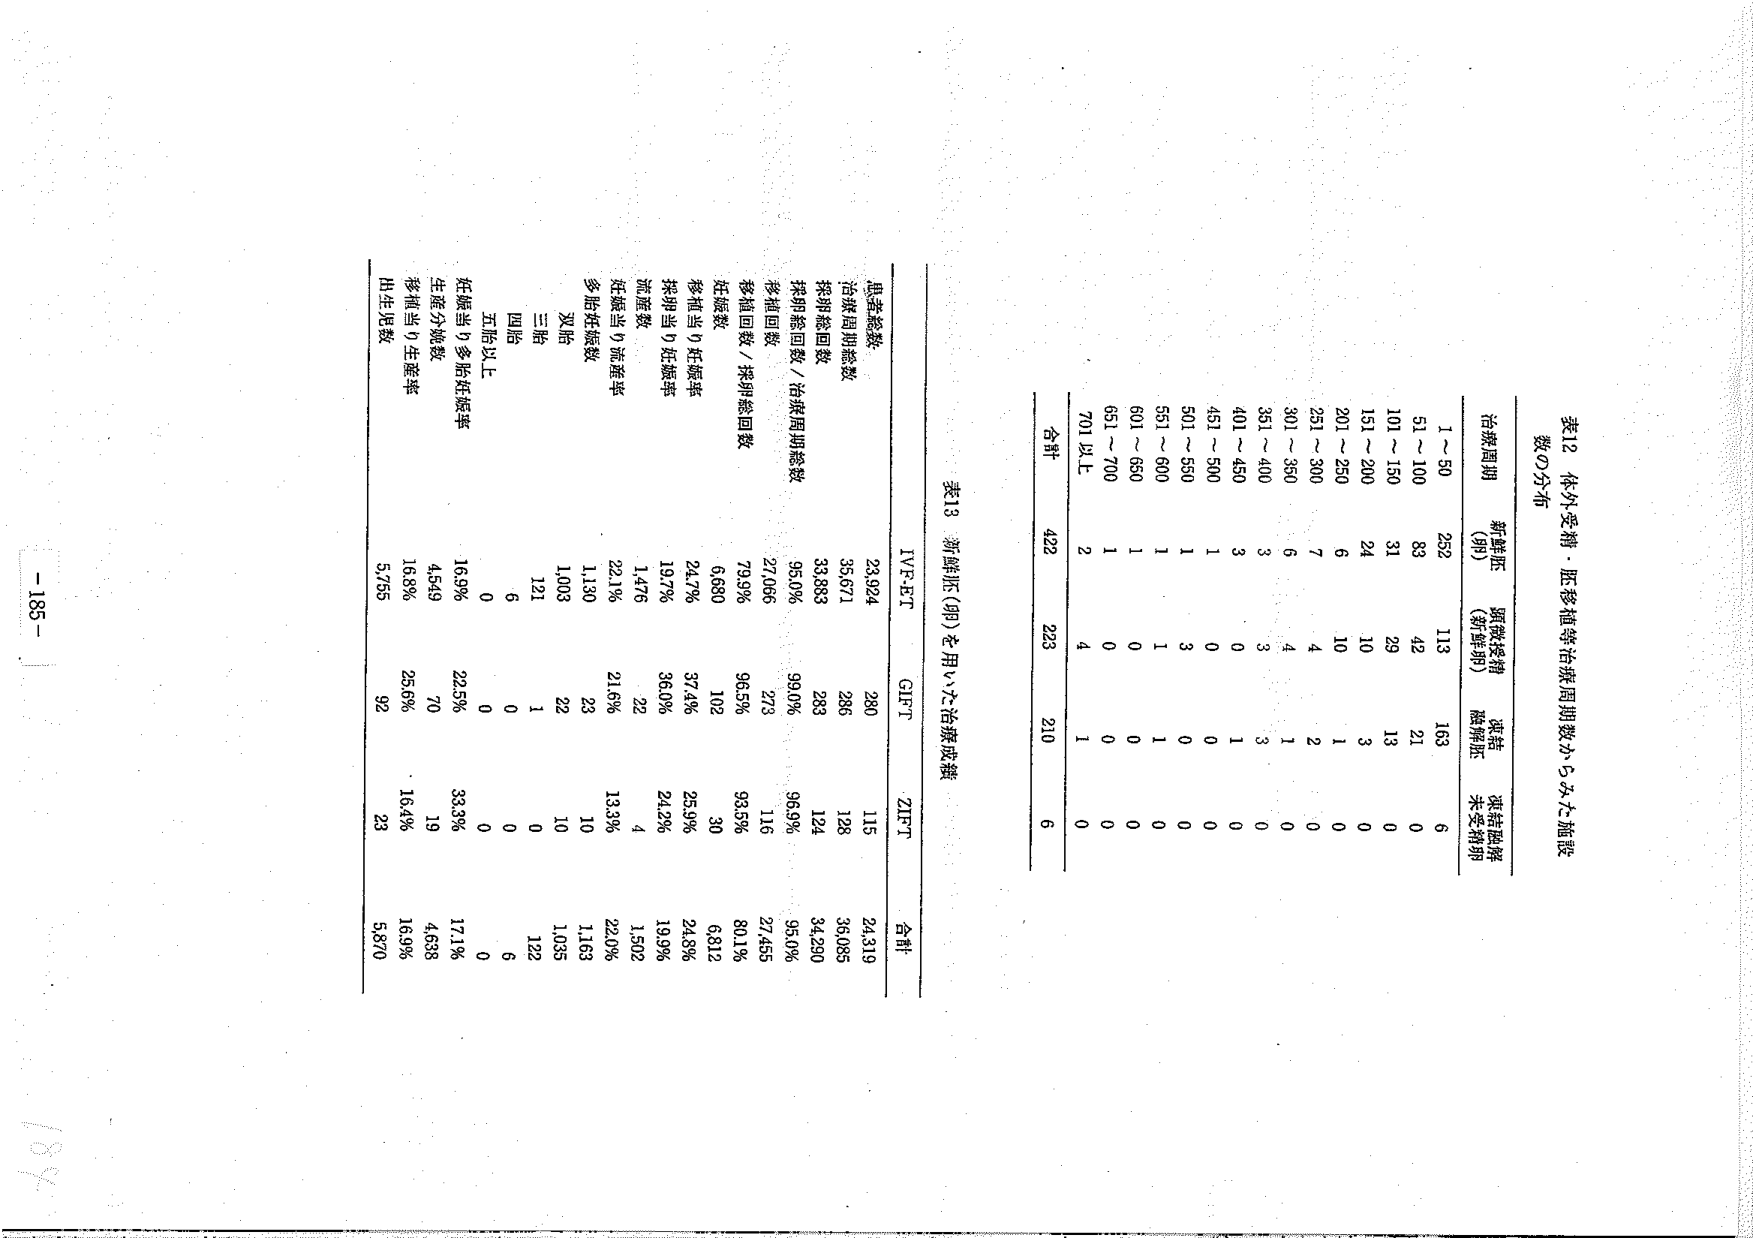
表12 体外受精・胚移植等治療周期数からみた施設数の分布

治療周期数の分布

| 治療周期 | 新鮮胚（卵） | 順微接精（新鮮卵） | 凍結 | 凍結融解未受精卵 |
|----------|--------------|------------------|------|----------------|
| 1～50    | 252          | 113              | 163  | 6              |
| 51～100  | 83           | 42               | 21   | 0              |
| 101～150 | 31           | 29               | 13   | 0              |
| 151～200 | 24           | 10               | 3    | 0              |
| 201～250 | 6            | 10               | 1    | 0              |
| 251～300 | 7            | 4                | 2    | 0              |
| 301～350 | 6            | 4                | 1    | 0              |
| 351～400 | 3            | 3                | 3    | 0              |
| 401～450 | 3            | 0                | 1    | 0              |
| 451～500 | 1            | 0                | 0    | 0              |
| 501～550 | 1            | 3                | 0    | 0              |
| 551～600 | 1            | 1                | 1    | 0              |
| 601～650 | 1            | 0                | 0    | 0              |
| 651～700 | 1            | 0                | 0    | 0              |
| 701以上  | 2            | 4                | 1    | 0              |
| 合計     | 422          | 223              | 210  | 6              |

表13 新鮮胚（卵）を用いた治療成績

| 患者総数 | IVF-ET | GIFT | ZIFT | 合計 |
|----------|--------|------|------|------|
| 治療周期総数 | 23,924 | 280  | 115  | 24,319 |
| 採卵総回数 | 35,671 | 286  | 128  | 36,085 |
| 採卵総回数／治療周期総数 | 33.883 | 283  | 124  | 34.280 |
| 移植回数 | 27,066 | 273  | 96.9% | 27,455 |
| 移植回数／採卵総回数 | 79.9% | 96.5% | 93.5% | 80.1% |
| 妊娠数 | 6,680 | 102  | 30   | 6,812 |
| 移植当り妊娠率 | 24.7% | 37.4% | 25.9% | 24.8% |
| 流産数 | 1,476 | 22   | 4    | 1,502 |
| 妊娠当り流産率 | 22.1% | 21.6% | 13.3% | 22.0% |
| 多胎妊娠数 | 1,130 | 23   | 10   | 1,163 |
| 多胎当り多胎妊娠率 | 16.9% | 22.5% | 33.3% | 17.1% |
| 生産分娩数 | 4,549 | 70   | 19   | 4,638 |
| 移植当り生産率 | 16.8% | 25.6% | 16.4% | 16.9% |
| 出生児数 | 5,755 | 92   | 23   | 5,870 |

- 195 -